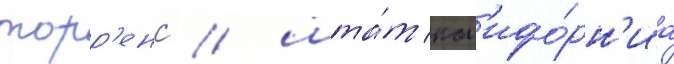
торр'енс / шта́т кал'ифо́рн'иа